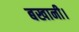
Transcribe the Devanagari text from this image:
बखानी।